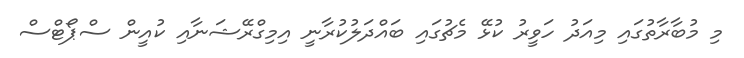
މި މުބާރާތުގައި މިއަދު ހަވީރު ކުޅޭ މެޗުގައި ބައްދަލުކުރާނީ އިމިގްރޭޝަނާއި ކުއީން ސްޕޯޓްސް